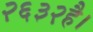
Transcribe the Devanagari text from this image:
२६३२है।